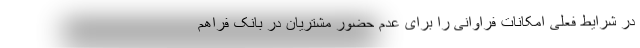
در شرایط فعلی امکانات فراوانی را برای عدم حضور مشتریان در بانک فراهم